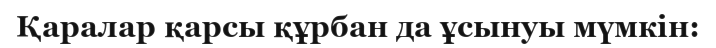
Қаралар қарсы құрбан да ұсынуы мүмкін: